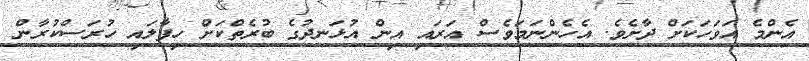
އެންމެ އަވަހަކަށް ދާށެވެ. އެހެންނަމަވެސް އަރައި އިން އުޅަނދުގެ ބުރެތްކަށް ހިފާލައި ހުރަސްކުރާން